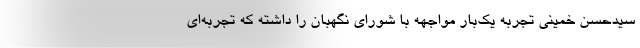
سیدحسن خمینی تجربه یک‌بار مواجهه با شورای نگهبان را داشته که تجربه‌ای